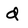
Character: d